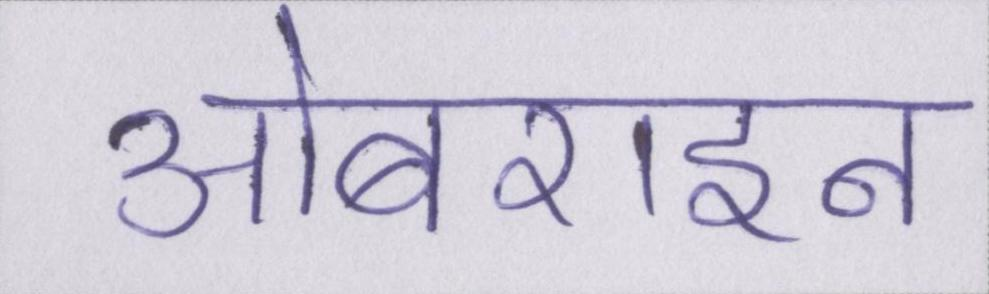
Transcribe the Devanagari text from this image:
ओबराइन